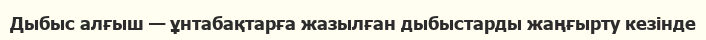
Дыбыс алғыш — ұнтабақтарға жазылған дыбыстарды жаңғырту кезінде